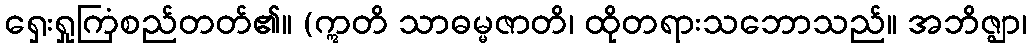
ရှေးရှုကြံစည်တတ်၏။ (ဣတိ သာဓမ္မဇာတိ၊ ထိုတရားသဘောသည်။ အဘိဇ္ဈာ၊